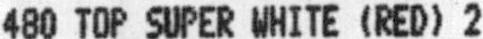
480 TOP SUPER WHITE (RED) 2